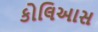
કોલિઆસ